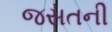
જસતની